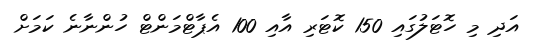
އަދި މި ހޮޓަލުގައި 150 ކޮޓަރި އާއި 100 އެޕާޓްމަންޓް ހުންނާނެ ކަމަށް